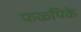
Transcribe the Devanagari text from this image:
फळपिके